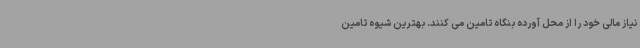
نیاز مالی خود را از محل آورده بنگاه تامین می کنند. بهترین شیوه تامین